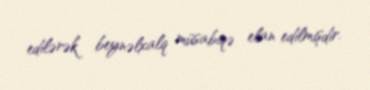
edilərək beynəlxalq müsabiqə elan edilmişdir.